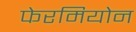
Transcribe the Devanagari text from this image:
फेरमियोन